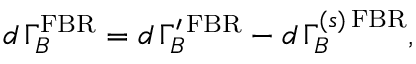
d \, \Gamma _ { B } ^ { \mathrm { F B R } } = d \, \Gamma _ { B } ^ { \prime \, \mathrm { F B R } } - d \, \Gamma _ { B } ^ { ( s ) \, \mathrm { F B R } } ,